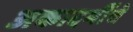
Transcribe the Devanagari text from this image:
अकादमींचे